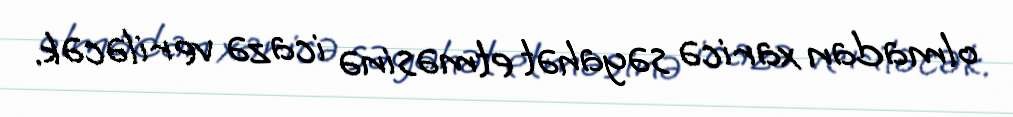
olmadan xaricə səyahət etməsinə icazə veriləcək.